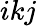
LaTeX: ikj